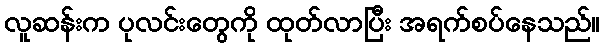
လူဆန်းက ပုလင်းတွေကို ထုတ်လာပြီး အရက်စပ်နေသည်။